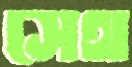
সেথ